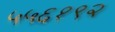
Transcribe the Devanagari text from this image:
५५६१९२